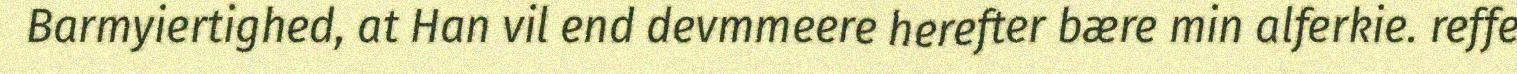
Barmyiertighed, at Han vil end devmmeere herefter bære min alferkie. reffe